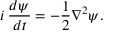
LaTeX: i \: \frac { d \psi } { d t } = - \frac { 1 } { 2 } \nabla ^ { 2 } \psi .